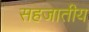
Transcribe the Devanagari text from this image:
सहजातीय